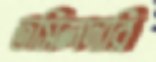
তসিলদারি